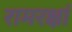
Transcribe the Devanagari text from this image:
रामरक्षां